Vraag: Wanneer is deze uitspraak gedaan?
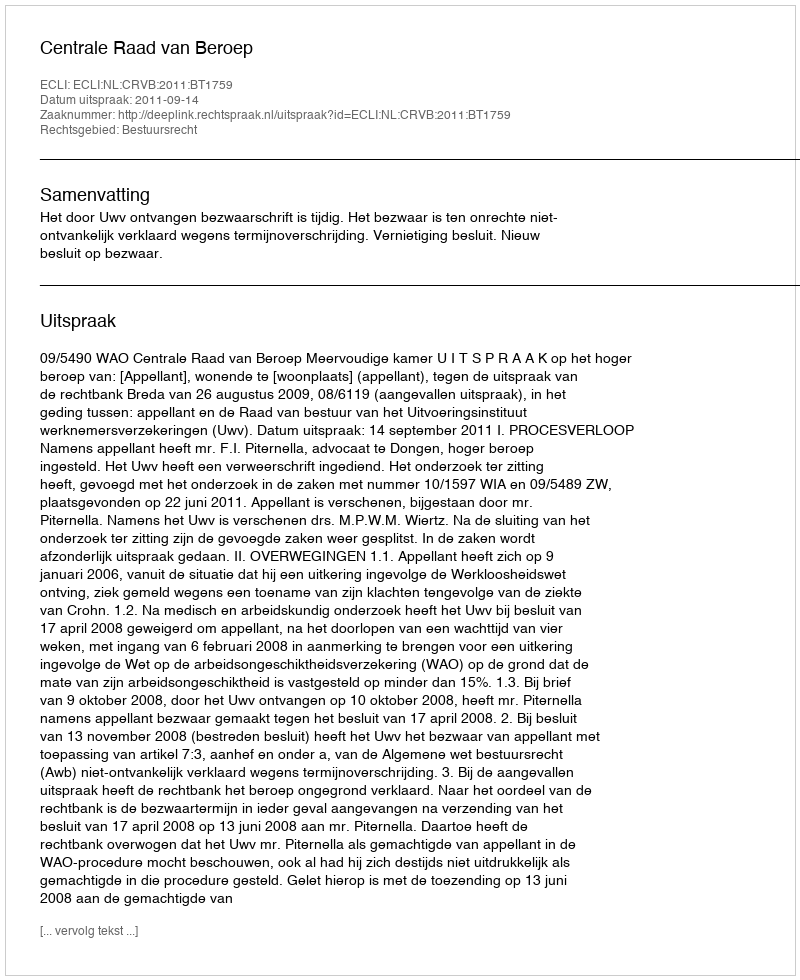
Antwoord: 2011-09-14